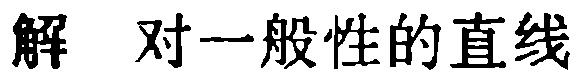
解 对一般性的直线